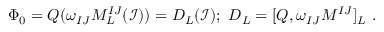
\Phi _ { 0 } = Q ( \omega _ { I J } M _ { L } ^ { I J } ( \mathcal { I } ) ) = D _ { L } ( \mathcal { I } ) ; \ D _ { L } = [ Q , \omega _ { I J } M ^ { I J } ] _ { L } \ .